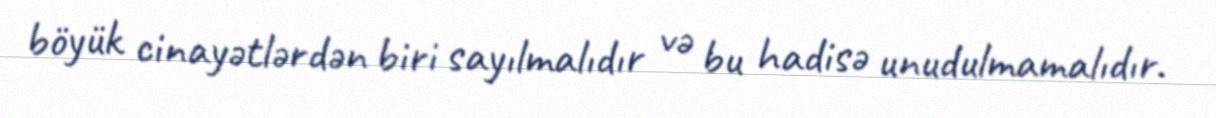
böyük cinayətlərdən biri sayılmalıdır və bu hadisə unudulmamalıdır.